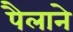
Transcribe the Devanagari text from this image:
पैलाने